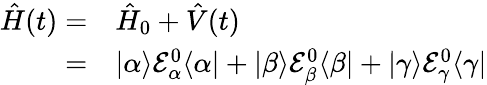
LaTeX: \begin{array}{rl}{\hat{H}(t)=}&{{}\hat{H}_{0}+\hat{V}(t)}\\ {=}&{{}|\alpha\rangle\mathcal{E}_{\alpha}^{0}\langle\alpha|+|\beta\rangle\mathcal{E}_{\beta}^{0}\langle\beta|+|\gamma\rangle\mathcal{E}_{\gamma}^{0}\langle\gamma|}\end{array}